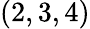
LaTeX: (2,3,4)